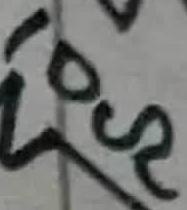
Text: 10Ω